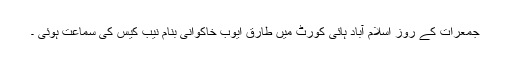
جمعرات کے روز اسلام آباد ہائی کورٹ میں طارق ایوب خاکوانی بنام نیب کیس کی سماعت ہوئی ۔